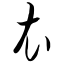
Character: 衣